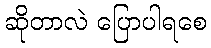
ဆိုတာလဲ ပြောပါရစေ